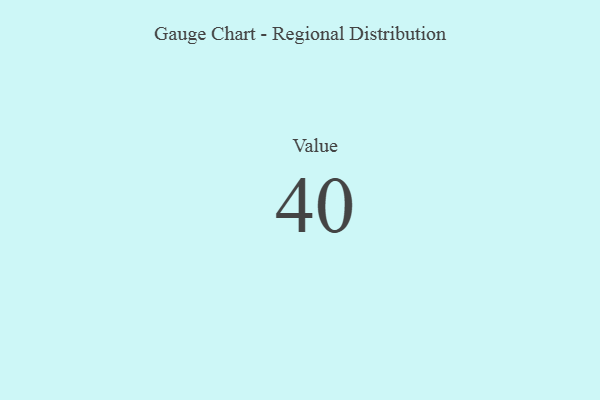
{"axis": {"x": "Metric", "y": "Value"}, "legend": [""], "data": [{"x": "Value", "y": 40, "type": ""}]}